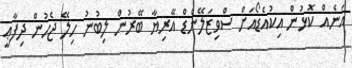
އަނެއް ކޮޅުން އިކުއެޑޯއަށް ސްވިޒަލޭންޑް އޭރިޔާ ބޭރުން ލިބުނު ހިލޭ ޖެހުން ދިފާޢީ